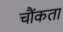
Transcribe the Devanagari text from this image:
चौंकता